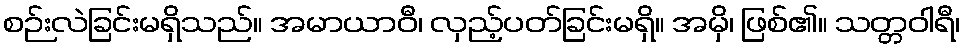
စဉ်းလဲခြင်းမရှိသည်။ အမာယာဝီ၊ လှည့်ပတ်ခြင်းမရှိ။ အမှိ၊ ဖြစ်၏။ သတ္တဝါရီ၊